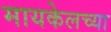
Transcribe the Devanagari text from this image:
मायकेलच्या